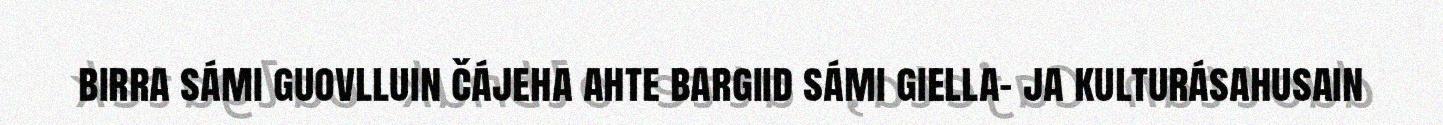
birra sámi guovlluin čájeha ahte bargiid sámi giella- ja kulturásahusain